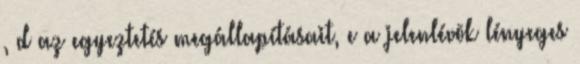
, d az egyeztetés megállapításait, e a jelenlévõk lényeges